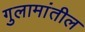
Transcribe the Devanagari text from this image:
गुलामांतील